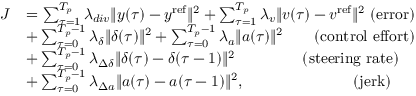
\begin{array} { r l } { J } & { = \sum _ { \tau = 1 } ^ { T _ { p } } \lambda _ { d i v } \| y ( \tau ) - y ^ { \mathrm { r e f } } \| ^ { 2 } + \sum _ { \tau = 1 } ^ { T _ { p } } \lambda _ { v } \| v ( \tau ) - v ^ { \mathrm { r e f } } \| ^ { 2 } \ \mathrm { ( e r r o r ) } } \\ & { + \sum _ { \tau = 0 } ^ { T _ { p } - 1 } \lambda _ { \delta } \| \delta ( \tau ) \| ^ { 2 } + \sum _ { \tau = 0 } ^ { T _ { p } - 1 } \lambda _ { a } \| a ( \tau ) \| ^ { 2 } \ \ \ \ \ \ \mathrm { ( c o n t r o l ~ e f f o r t ) } } \\ & { + \sum _ { \tau = 0 } ^ { T _ { p } - 1 } \lambda _ { \Delta \delta } \| \delta ( \tau ) - \delta ( \tau - 1 ) \| ^ { 2 } \ \ \ \ \ \ \ \ \ \ \ \ \ \mathrm { ( s t e e r i n g ~ r a t e ) } } \\ & { + \sum _ { \tau = 0 } ^ { T _ { p } - 1 } \lambda _ { \Delta a } \| a ( \tau ) - a ( \tau - 1 ) \| ^ { 2 } , \ \ \ \ \ \ \ \ \ \ \ \ \ \ \ \ \ \ \ \ \ \mathrm { ( j e r k ) } } \end{array}